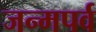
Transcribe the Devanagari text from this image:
जन्मपर्व